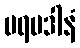
ပရမဒါနံ